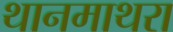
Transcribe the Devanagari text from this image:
थानमाथरा